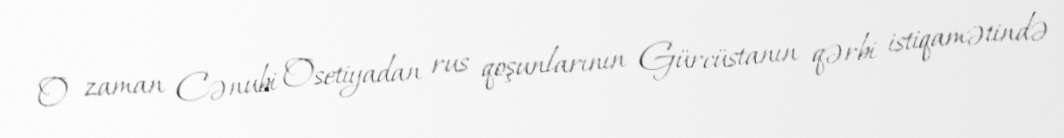
O zaman Cənubi Osetiyadan rus qoşunlarının Gürcüstanın qərbi istiqamətində